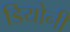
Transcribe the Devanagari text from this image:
डियोनी